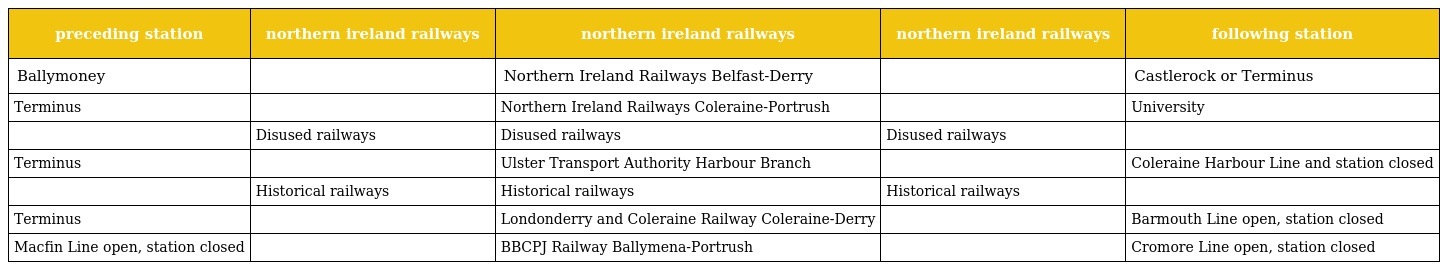
| preceding station | northern ireland railways | northern ireland railways | northern ireland railways | following station |
 | --- | --- | --- | --- | --- |
 | Ballymoney |  | Northern Ireland Railways Belfast-Derry |  | Castlerock or Terminus |
 | Terminus |  | Northern Ireland Railways Coleraine-Portrush |  | University |
 |  | Disused railways | Disused railways | Disused railways |  |
 | Terminus |  | Ulster Transport Authority Harbour Branch |  | Coleraine Harbour Line and station closed |
 |  | Historical railways | Historical railways | Historical railways |  |
 | Terminus |  | Londonderry and Coleraine Railway Coleraine-Derry |  | Barmouth Line open, station closed |
 | Macfin Line open, station closed |  | BBCPJ Railway Ballymena-Portrush |  | Cromore Line open, station closed |